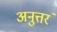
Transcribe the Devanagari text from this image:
अनुत्तरं